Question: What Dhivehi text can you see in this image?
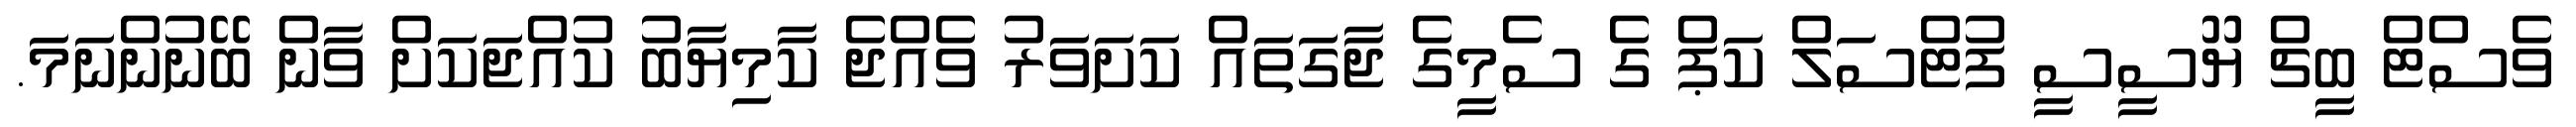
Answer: ވެސްޓް ބީޗް ޔޫސީސީ ފުޓްސަލް ކަޕް ގެ ސެމީގެ ޖާގަތައް ކަށަވަރު ވެއްޖެ ކާމިޔާބު ކުއްޖަކަށް ވާން ބޭނުންނަމަ.